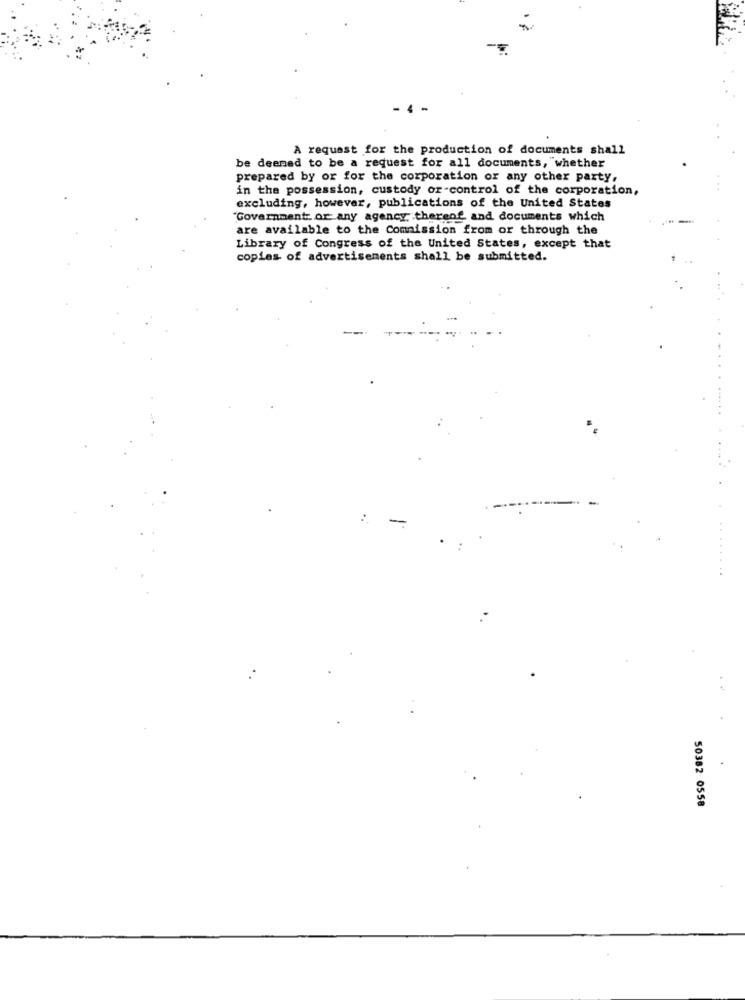
- 4
A request for the production of documents shall
be deemed to be a request for all documents, whether
prepared by or for the corporation or any other party,
in the possession, custody or-control of the corporation,
excluding, however, publications of the United States
"Government or any agency. thereof and documents which
are available to the Commission from or through the
Library of Congress of the United States, except that
copies of advertisements shall be submitted.
.....
50382 0558